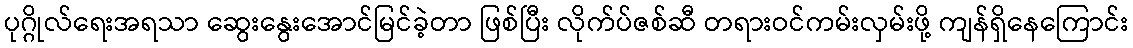
ပုဂ္ဂိုလ်ရေးအရသာ ဆွေးနွေးအောင်မြင်ခဲ့တာ ဖြစ်ပြီး လိုက်ပ်ဇစ်ဆီ တရားဝင်ကမ်းလှမ်းဖို့ ကျန်ရှိနေကြောင်း